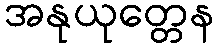
အနုယုတ္တေန